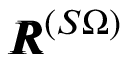
{ \pmb R } ^ { ( S \Omega ) }